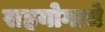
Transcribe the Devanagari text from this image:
सहयोगाचे